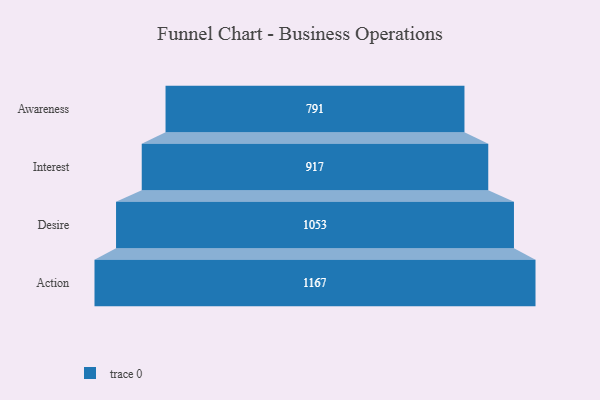
{"axis": {"x": "Stage", "y": "Value"}, "legend": [""], "data": [{"x": "Awareness", "y": 791.0, "type": ""}, {"x": "Interest", "y": 917.0, "type": ""}, {"x": "Desire", "y": 1053.0, "type": ""}, {"x": "Action", "y": 1167.0, "type": ""}]}